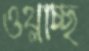
ওথ্‌লাচ্ছ